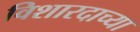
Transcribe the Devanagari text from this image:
विशारदाच्या